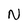
Character: N